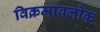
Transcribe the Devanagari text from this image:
विक्रमावलोक